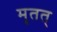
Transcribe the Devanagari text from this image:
मृतत्